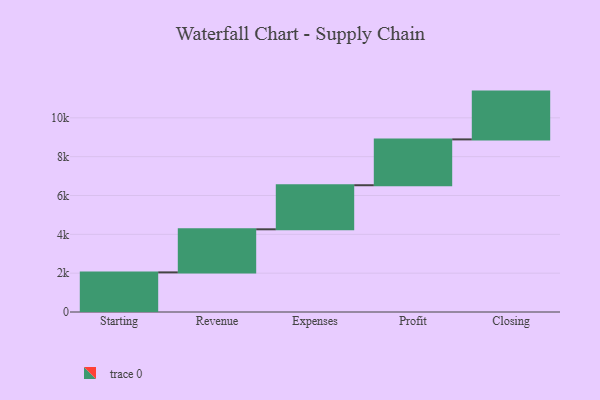
{"axis": {"x": "Step", "y": "Value"}, "legend": [""], "data": [{"x": "Starting", "y": 2040.0, "type": ""}, {"x": "Revenue", "y": 2219.0, "type": ""}, {"x": "Expenses", "y": 2270.0, "type": ""}, {"x": "Profit", "y": 2360.0, "type": ""}, {"x": "Closing", "y": 2462.0, "type": ""}]}